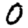
Digit: 0